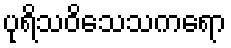
ပုရိသဝိသေသကရော